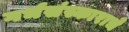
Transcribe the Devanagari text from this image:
गर्भसंस्काराचे